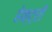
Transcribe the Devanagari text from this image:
हेक्ट्री